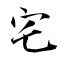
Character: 宅